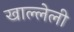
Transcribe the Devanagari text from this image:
खाल्लेली